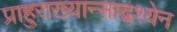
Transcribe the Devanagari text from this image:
प्राहुराख्यान्साद्वश्येन